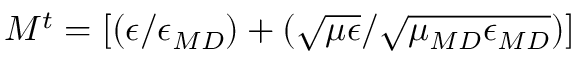
M ^ { t } = [ ( \epsilon / \epsilon _ { \/ { M D } } ) + ( \sqrt { \mu \epsilon } / \sqrt { \mu _ { \/ { M D } } \epsilon _ { \/ { M D } } } ) ]